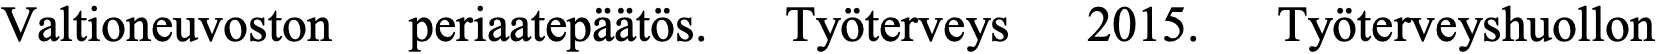
Valtioneuvoston periaatepäätös. Työterveys 2015. Työterveyshuollon